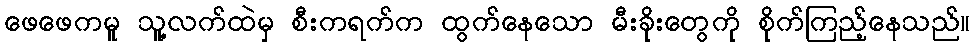
ဖေဖေကမူ သူ့လက်ထဲမှ စီးကရက်က ထွက်နေသော မီးခိုးတွေကို စိုက်ကြည့်နေသည်။